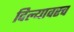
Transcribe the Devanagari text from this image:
दिल्यावरच